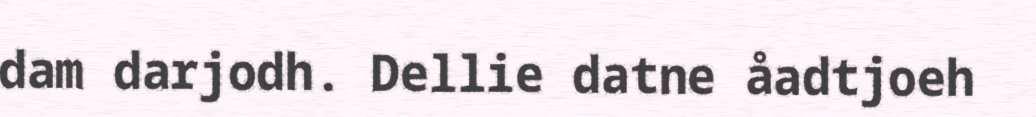
dam darjodh. Dellie datne åadtjoeh